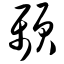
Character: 颞